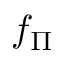
f _ { \Pi }